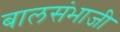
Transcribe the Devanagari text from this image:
बालसंभाजी